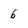
Character: 6